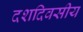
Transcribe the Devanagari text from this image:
दशदिवसीय